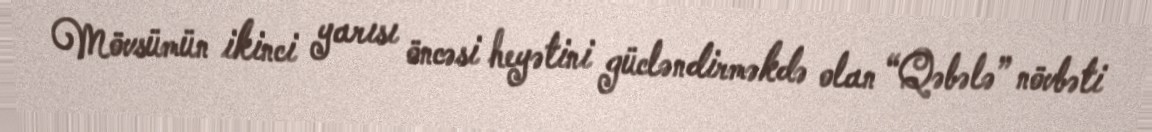
Mövsümün ikinci yarısı öncəsi heyətini gücləndirməkdə olan “Qəbələ” növbəti